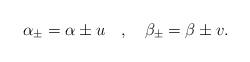
LaTeX: \begin{align*}\alpha_{\pm}=\alpha\pm u \quad,\quad\beta_{\pm}=\beta\pm v. \end{align*}